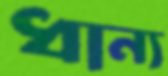
ধান্য